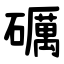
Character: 礪